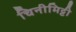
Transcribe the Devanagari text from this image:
चिनीमिट्टी